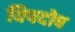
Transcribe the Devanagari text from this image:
विषदोष